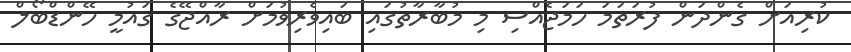
ކުރިއަށް ގެންދަން ފުރަތަމަ ހަމަޖެއްސި މި މުބާރާތުގައި ބައިވެރިވުމަށް ރާއްޖޭގެ ގައުމީ ހޭންޑްބޯލް